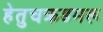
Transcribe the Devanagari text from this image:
हेतुचक्रडमरू